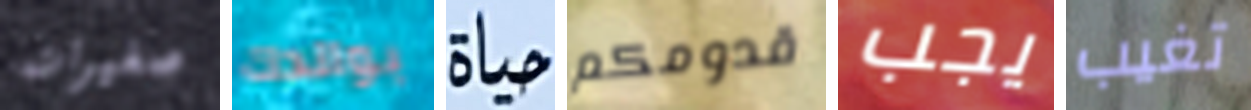
صغيرات بوالدك حياة قدومكم يجب تغيب